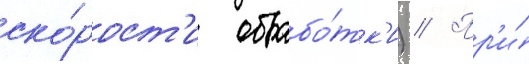
ско́рост'и обрабо́тк'и) // Пр'и́